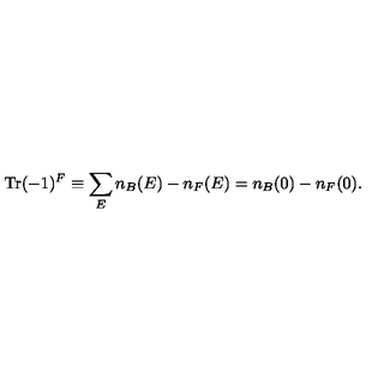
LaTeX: \mathrm { T r } ( - 1 ) ^ { F } \equiv \sum _ { E } n _ { B } ( E ) - n _ { F } ( E ) = n _ { B } ( 0 ) - n _ { F } ( 0 ) .